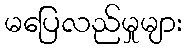
မပြေလည်မှုများ